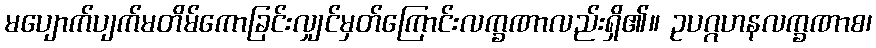
မပျောက်ပျက်မတိမ်ကောခြင်းလျှင်မှတ်ကြောင်းလက္ခဏာလည်းရှိ၏။ ဥပဂ္ဂဟနလက္ခဏာစ၊